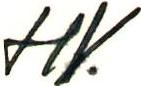
HV.